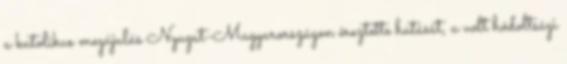
a katolikus megújulás Nyugat-Magyarországon éreztette hatását, a volt hódoltsági